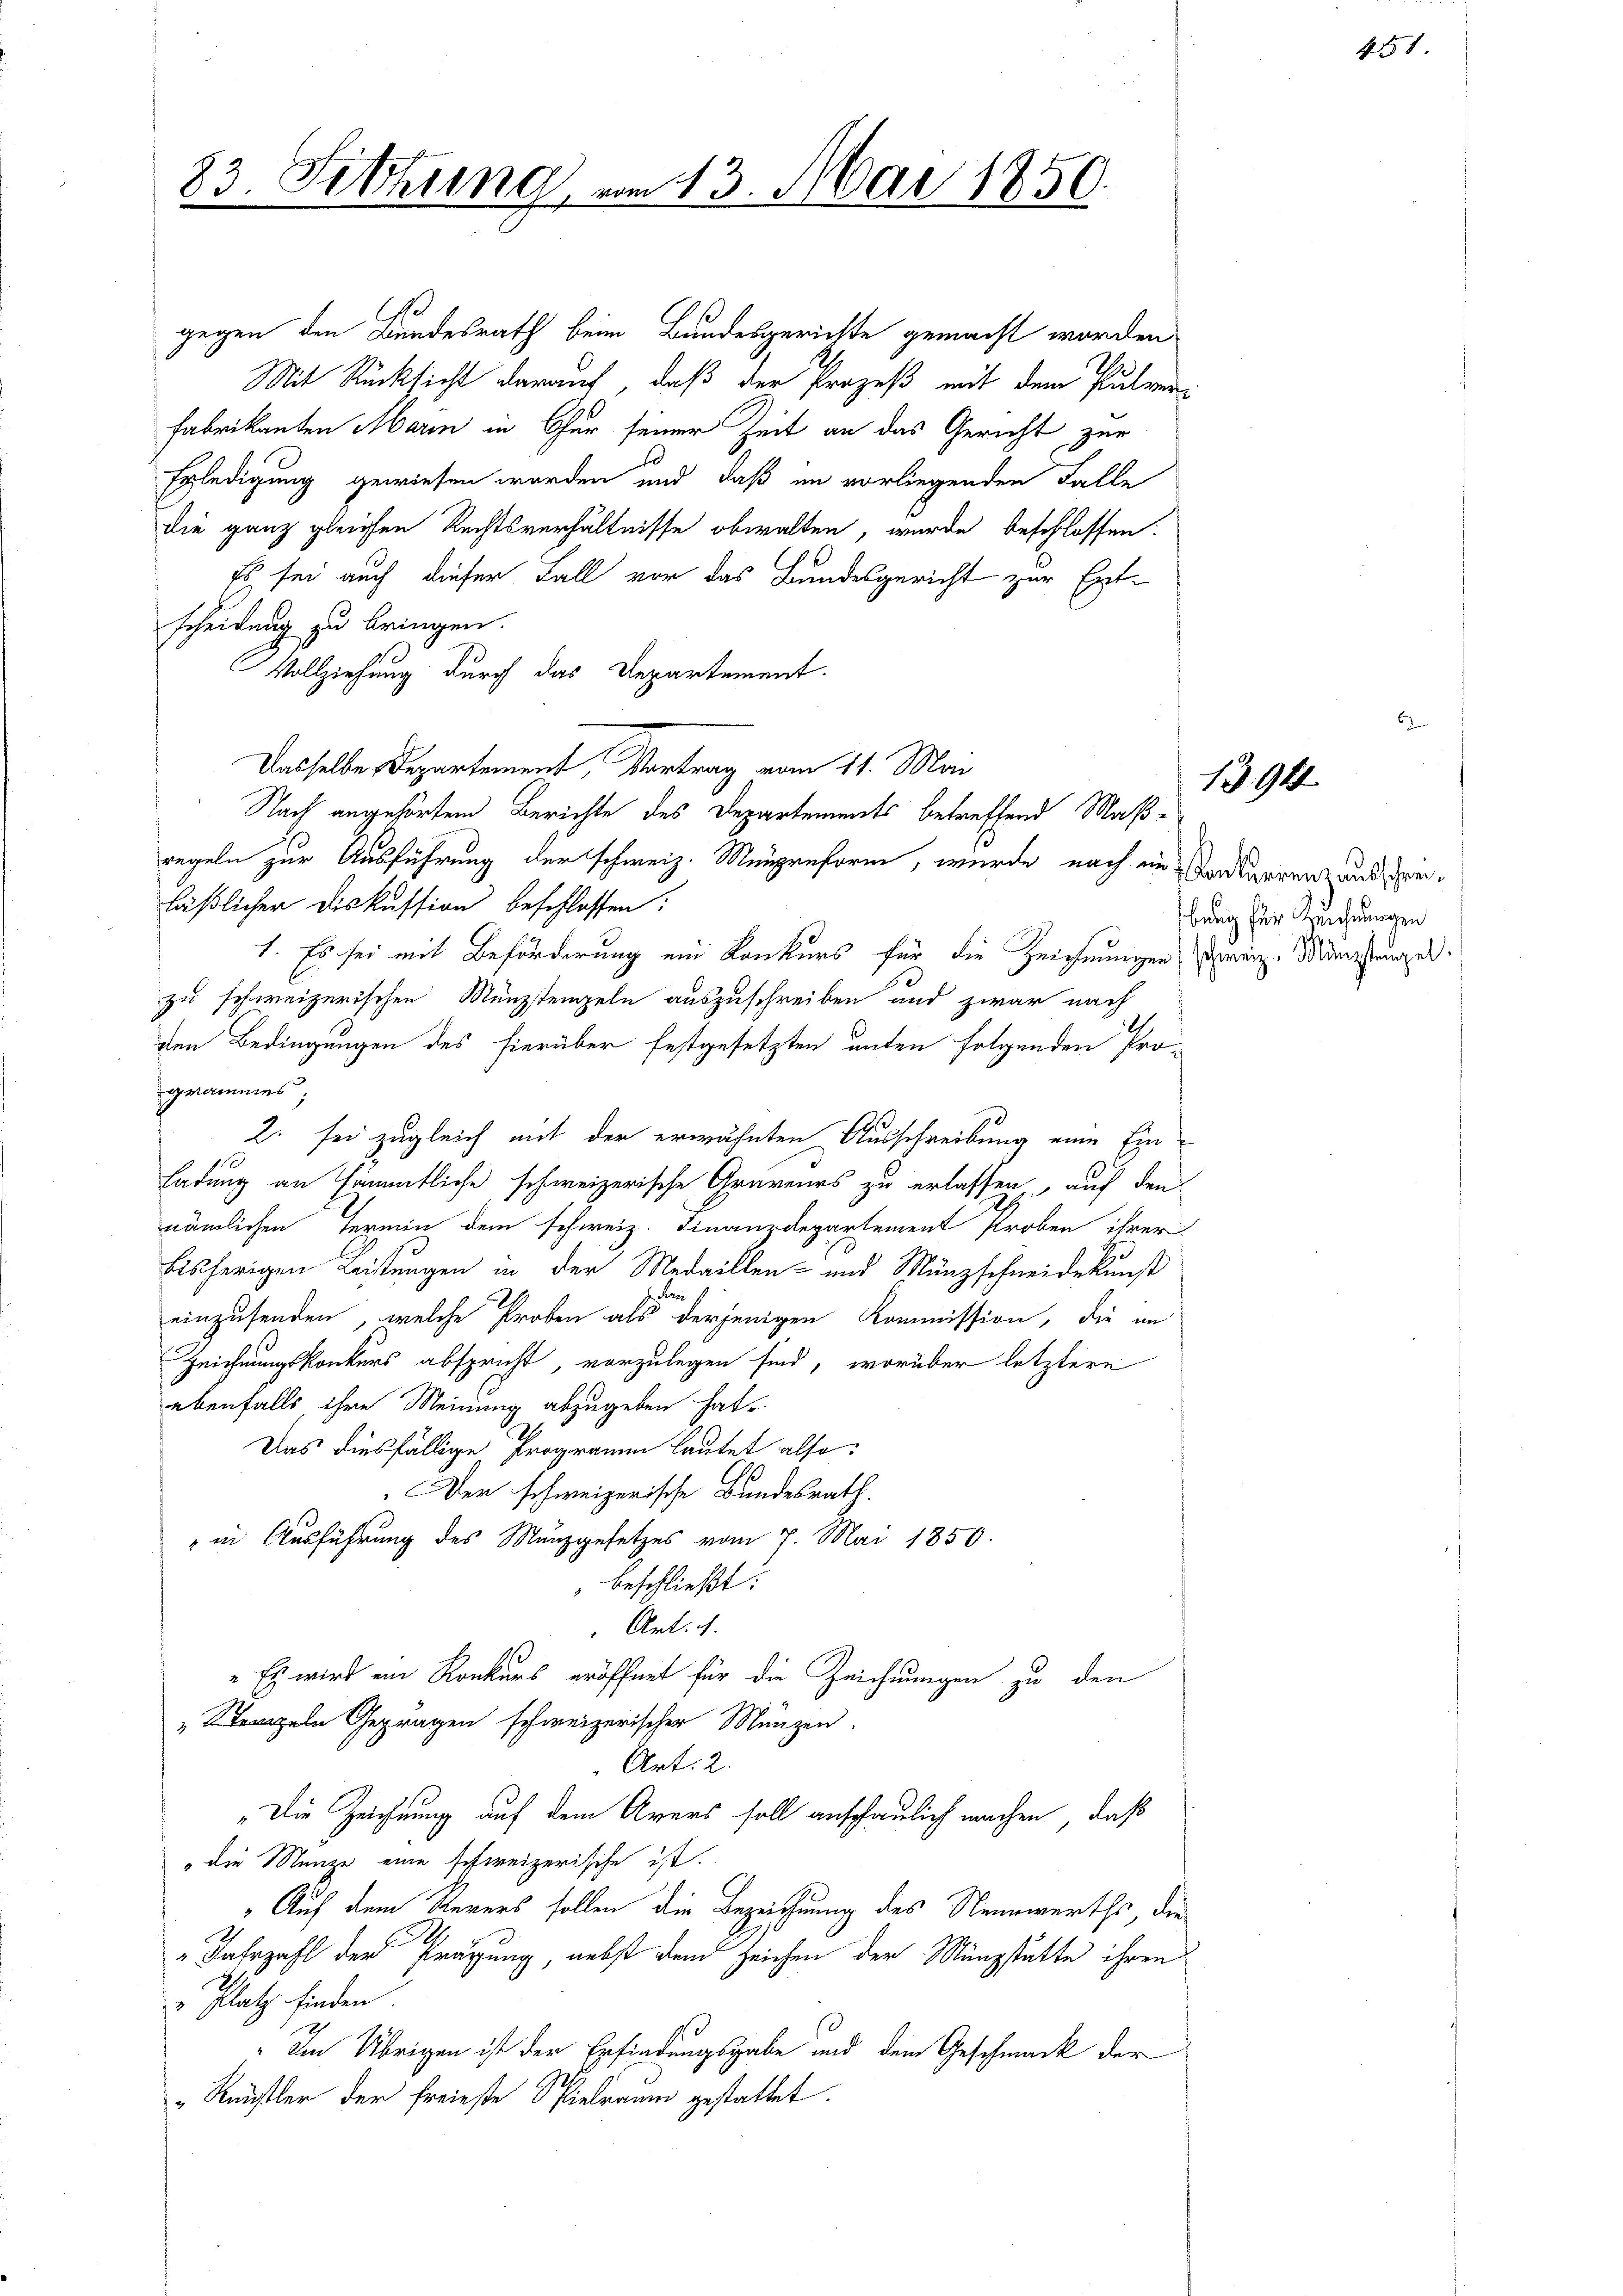
83. Sitzung

gegen den Bundesrath beim Bundesgerichte gemacht worden
Mit Rücksicht darauf, daß der Prozeß mit dem Pulver¬
Fabrikanten Marin in Chur seiner Zeit an das Gericht zur
Erledigung gewiesen werden und daß im vorliegenden Falle
die ganz gleichen Rechtsverhältnisse obwalten, wurde beschlossen:
Es sei auch dieser Fall vor das Bundesgericht zur Entscheidung zu bringen.
Vollziehung durch das Departement.
Dasselbe Departement, Vortrag vom 11. Mai
Nach angehörten Berichte des Departements betreffend Maßregeln zur Ausführung der schweiz. Maupreform, wurde nach im Sandkarrenz aus seiläßlicher Diskussion beschlossen:
1. Es sei mit Beförderung ein Konkurs für die Zeichnungen zwei Münzstungen.
zu schweizerischen Münzstenzeln auszuschreiben und zwar nach
den Bedingungen des hierüber festgesetzten unten folgenden Pro-
grammes
2. sei zugleich mit der erwähnten Ausschreibung eine Einladung an sämmtliche schweizerische Graveurs zu erlassen, auf den
nämlichen Termin dem schweiz. Finanzdepartement Proben ihrer
bisherigen Leistungen in der Medaillen- und Münzschneidekunst
Fen
einzusenden, welche Proben als derjenigen Kommission, die an
Zeichnungskonkurs abspricht, vorzulegen sind, worüber letztere
ebenfalls ihre Meinung abzugeben hat.
Das diesfällige Programm lautet also:
Der schweizerische Bundesrath.
" in Ausführung des Münzgesetzes vom 7. Mai 1850.
beschließt:
Art. 4.
" Es wird ein Konkurs eröffnet für die Zeichnungen zu den
„Strangeln Geprägen schweizerischer Münzen.
Art. 2.
"Die Zeichnung auf dem Avers soll anschaulich machen, daß
die Menze eine schweizerische ist.
" Auf dem Revers sollen die Bezeichnung des Neurwerths, die
Jahrzahl der Prägung, nebst den Zeichen der Münzstätte ihren
" Platz finden.
„Im Übrigen ist der Erfindungsgabe und dem Geschmack der
„Rünstler der freieste Spielraum gestattet.

43. Mai 1850.

451

bung für Zeichnungen

1394